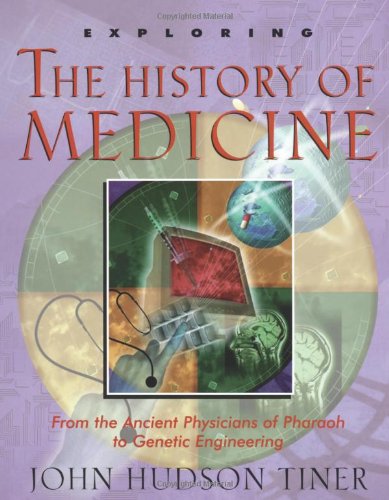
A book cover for Exploring the History of Medicine; John Hudson Tiner; Medical Books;